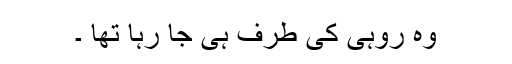
وہ روہی کی طرف ہی جا رہا تھا ۔